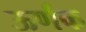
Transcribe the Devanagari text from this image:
ऊर्णक